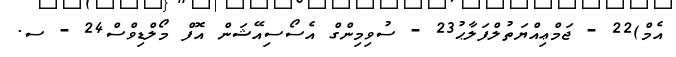
އެމް)22 - ޖަމްޢިއްޔަތުލްފަލާޙު23 - ސުވިމިންގް އެސޯސިއޭޝަން އޮފް މޯލްޑިވްސް24 - ސ.